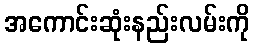
အကောင်းဆုံးနည်းလမ်းကို